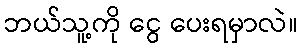
ဘယ်သူ့ကို ငွေ ပေးရမှာလဲ။